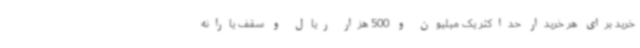
خرید برای هر خریدار حداکثر یک‌ میلیون و 500 هزار ریال و سقف یارانه